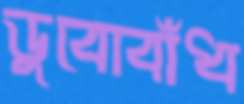
ডুবোবাঁধ